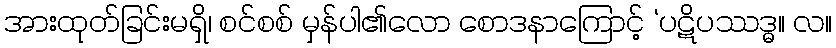
အားထုတ်ခြင်းမရှိ၊ စင်စစ် မှန်ပါ၏လော စောဒနာကြောင့် ‘ပဋိပဿဒ္ဓ။ လ။